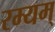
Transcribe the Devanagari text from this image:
रम्यम्